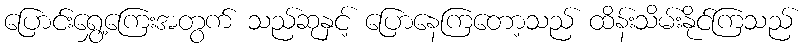
ပြောင်းရွှေ့ကြေးအတွက် သည်ဆုနှင့် ပြောနေကြတော့သည် ထိန်းသိမ်းနိုင်ကြသည်